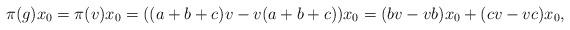
LaTeX: \begin{align*}\pi (g) x_0 = \pi (v) x_0 = ((a+b+c)v-v(a+b+c))x_0=(bv-vb)x_0 + (cv-vc)x_0,\end{align*}